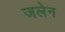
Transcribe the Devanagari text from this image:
जलेन